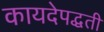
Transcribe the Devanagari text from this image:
कायदेपद्धती